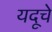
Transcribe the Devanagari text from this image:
यदूचे